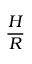
\frac { H } { R }